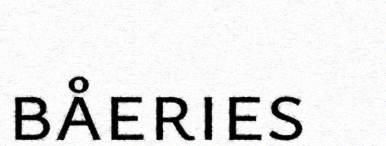
båeries